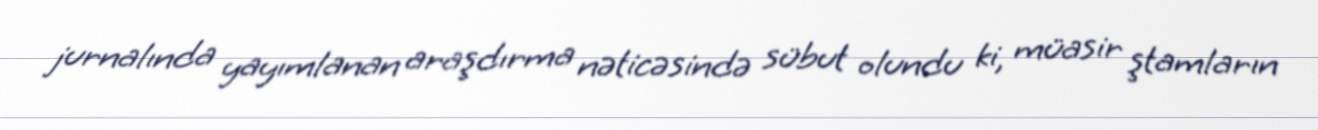
jurnalında yayımlanan araşdırma nəticəsində sübut olundu ki, müasir ştamların